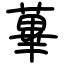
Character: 蓽